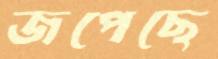
জপেছে